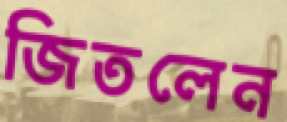
জিতলেন